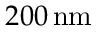
2 0 0 \, \mathrm { n m }